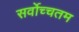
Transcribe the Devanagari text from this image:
सर्वोच्चतम